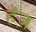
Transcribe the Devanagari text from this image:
हॅज़